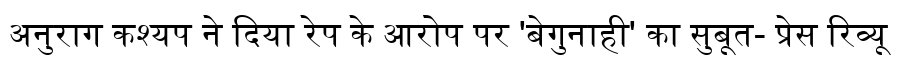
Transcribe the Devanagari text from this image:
अनुराग कश्यप ने दिया रेप के आरोप पर 'बेगुनाही' का सुबूत- प्रेस रिव्यू